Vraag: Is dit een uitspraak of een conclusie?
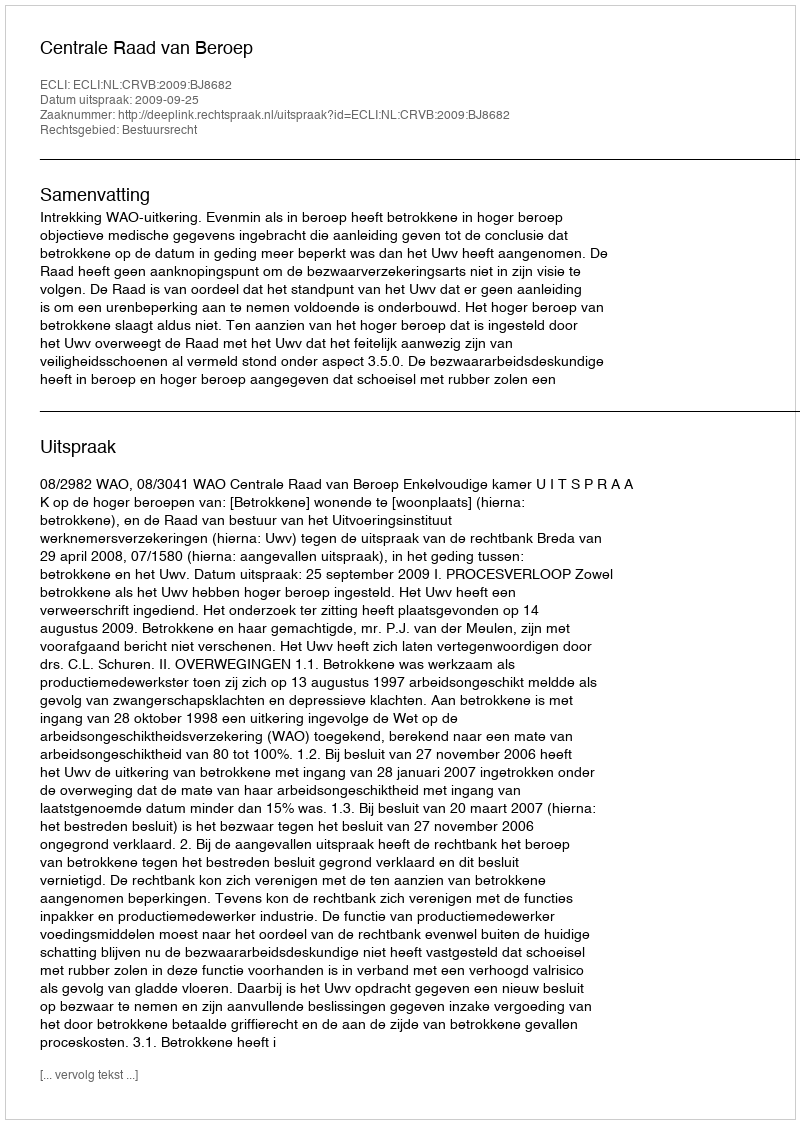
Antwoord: Uitspraak